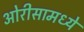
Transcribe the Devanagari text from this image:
ओरीसामध्ये